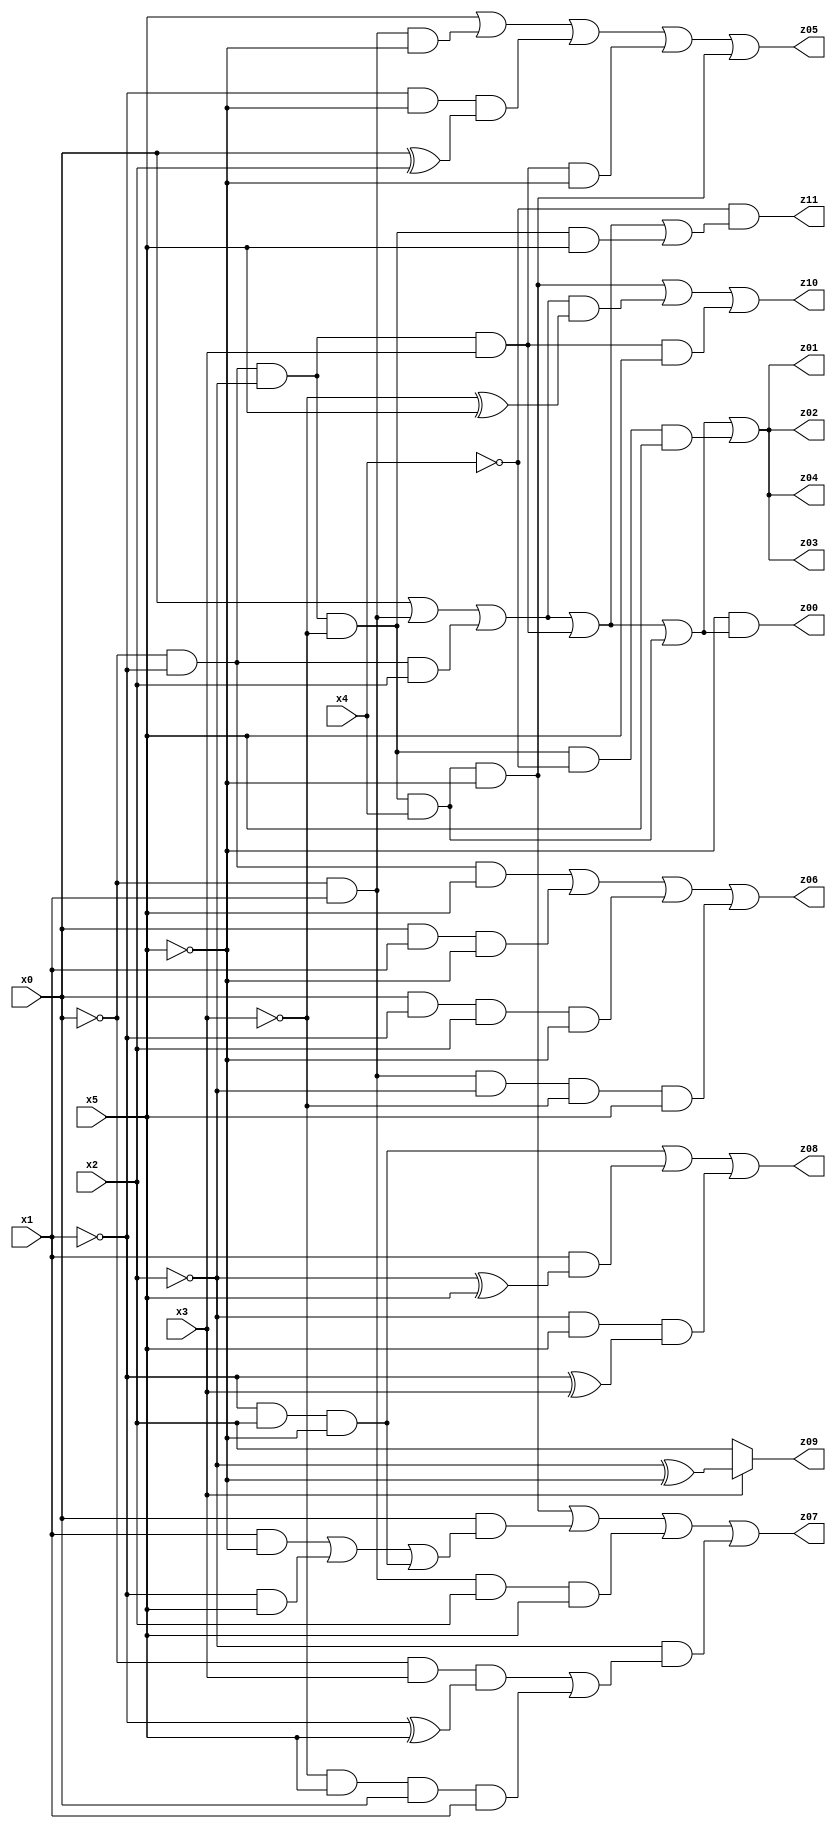
// Benchmark "X_5" written by ABC on Fri May 26 04:01:01 2023

module X_5 ( 
    x0, x1, x2, x3, x4, x5,
    z00, z01, z02, z03, z04, z05, z06, z07, z08, z09, z10, z11  );
  input  x0, x1, x2, x3, x4, x5;
  output z00, z01, z02, z03, z04, z05, z06, z07, z08, z09, z10, z11;
  assign z00 = ~x5 & (x0 | (~x0 & x1) | (~x0 & ~x1 & x2) | (~x0 & ~x1 & ~x2 & x3) | (~x0 & ~x1 & ~x2 & ~x3 & x4));
  assign z01 = x0 | (~x0 & x1) | (~x0 & ~x1 & x2) | (~x0 & ~x1 & ~x2 & x3) | (~x0 & ~x1 & ~x2 & ~x3 & x4) | (~x0 & ~x1 & ~x2 & ~x3 & ~x4 & x5);
  assign z02 = x0 | (~x0 & x1) | (~x0 & ~x1 & x2) | (~x0 & ~x1 & ~x2 & x3) | (~x0 & ~x1 & ~x2 & ~x3 & x4) | (~x0 & ~x1 & ~x2 & ~x3 & ~x4 & x5);
  assign z03 = x0 | (~x0 & x1) | (~x0 & ~x1 & x2) | (~x0 & ~x1 & ~x2 & x3) | (~x0 & ~x1 & ~x2 & ~x3 & x4) | (~x0 & ~x1 & ~x2 & ~x3 & ~x4 & x5);
  assign z04 = x0 | (~x0 & x1) | (~x0 & ~x1 & x2) | (~x0 & ~x1 & ~x2 & x3) | (~x0 & ~x1 & ~x2 & ~x3 & x4) | (~x0 & ~x1 & ~x2 & ~x3 & ~x4 & x5);
  assign z05 = x5 | (~x0 & x1 & ~x5) | (~x1 & ~x5 & (x0 ^ x2)) | (~x0 & ~x1 & ~x2 & x3 & ~x5) | (~x0 & ~x1 & ~x2 & ~x3 & x4 & ~x5);
  assign z06 = (~x0 & ~x1 & x5) | (x0 & x1 & ~x5) | (x0 & ~x1 & x2 & ~x5) | (~x0 & x1 & ~x2 & ~x3 & x5);
  assign z07 = (~x0 & ~x1 & ~x2 & ~x3 & x4 & ~x5) | (x0 & ((x1 & ~x5) | (~x1 & x5) | (~x1 & x2 & ~x5))) | (~x0 & x1 & x2 & x5) | (~x2 & ((~x0 & x3 & (~x1 ^ x5)) | (~x3 & x5 & x0 & x1)));
  assign z08 = (~x1 & x2 & ~x5) | (x1 & (~x2 ^ x5)) | (~x2 & x5 & (~x1 ^ x3));
  assign z09 = x3 ? (~x2 ^ ~x5) : x2;
  assign z10 = (~x0 & ~x1 & ~x2 & ~x3 & x4 & ~x5) | ((x0 | (~x0 & x1) | (~x0 & ~x1 & x2)) & (~x3 ^ x5)) | (~x0 & ~x1 & ~x2 & x3 & x5);
  assign z11 = ~x4 & (x0 | (~x0 & x1) | (~x0 & ~x1 & x2) | (~x0 & ~x1 & ~x2 & x3) | (~x0 & ~x1 & ~x2 & ~x3 & x5));
endmodule